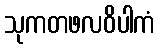
သုကတဖလဝိပါကံ